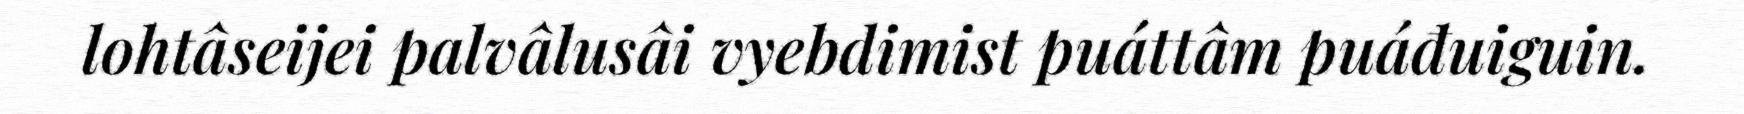
lohtâseijei palvâlusâi vyebdimist puáttâm puáđuiguin.